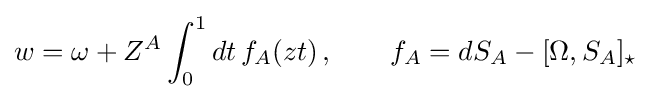
w=\omega +Z^{A}\int _{0}^{1}dt\,f_{A}(zt)\,,\qquad f_{A}=dS_{A}-[\Omega ,S_{A}]_{\star }